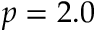
p = 2 . 0